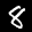
Label: 8